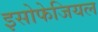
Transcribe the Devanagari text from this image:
इसोफेजियल